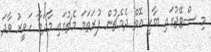
މި ސްޓޭޖުގައި ބާކީ އޮތް ދެމެޗުން ފުރަތަމަ މެޗުގައި މާދަމާ ހަވީރު ވާދަ